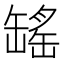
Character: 𫄾